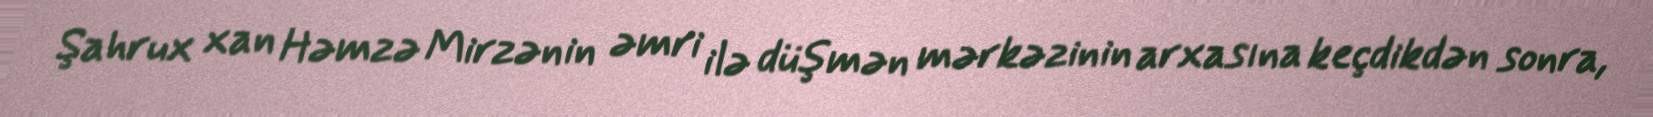
Şahrux xan Həmzə Mirzənin əmri ilə düşmən mərkəzinin arxasına keçdikdən sonra,